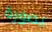
بصورة